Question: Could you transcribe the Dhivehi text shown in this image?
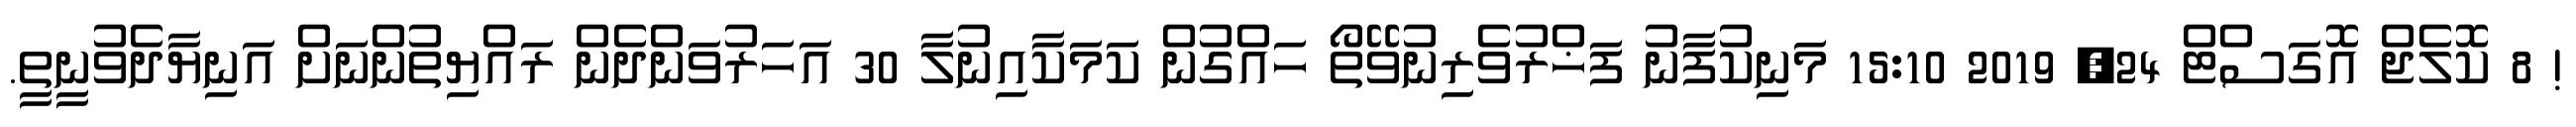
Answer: ! 8 ކޮލެޖް އޮގަސްޓް 24, 2019 15:10 މަނިކުފާނު ފަޚްރުވެރިނުވޭތޯ ހައްގުން ކަމަކާއިނުލާ 30 އަހަރުވަންދެން ރައްޔިތުންނަށް އަނިޔާދެވުނީތީ.